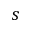
s